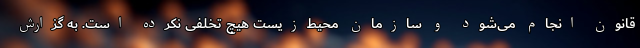
قانون انجام می‌شود و سازمان محیط‌زیست هیچ تخلفی نکرده است. به گزارش